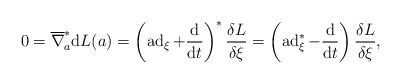
\begin{gather*} 0 = \overline{ \nabla } _a ^\ast \mathrm{d} L (a) = \left( \operatorname{ad} _\xi + \frac{\mathrm{d}}{\mathrm{d}t} \right) ^\ast \frac{ \delta L }{ \delta \xi } = \left( \operatorname{ad} _\xi ^\ast - \frac{\mathrm{d}}{\mathrm{d}t} \right) \frac{ \delta L }{ \delta \xi }, \end{gather*}